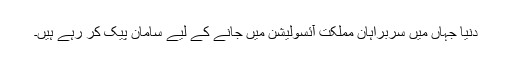
دنیا جہاں میں سربراہانِ مملکت آئسولیشن میں جانے کے لیے سامان پیک کر رہے ہیں۔